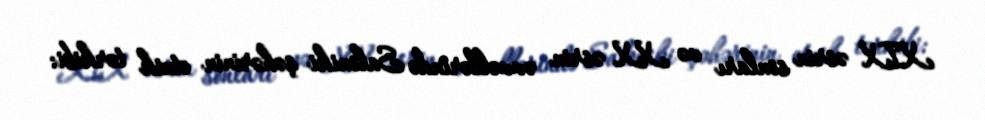
XIX əsrin sonları və XX əsrin əvvəllərində Saloniki şəhərinin etnik tərkibi: